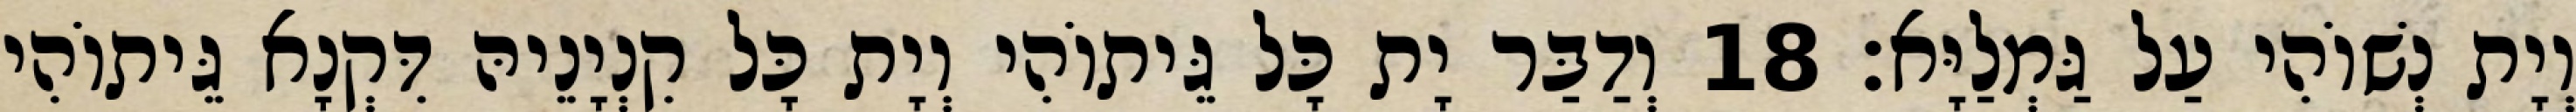
וְיָת נְשׁוֹהִי עַל גַּמְלַיָּא׃ 18 וְדַבַּר יָת כָּל גֵּיתוֹהִי וְיָת כָּל קִנְיָנֵיהּ דִּקְנָא גֵּיתוֹהִי